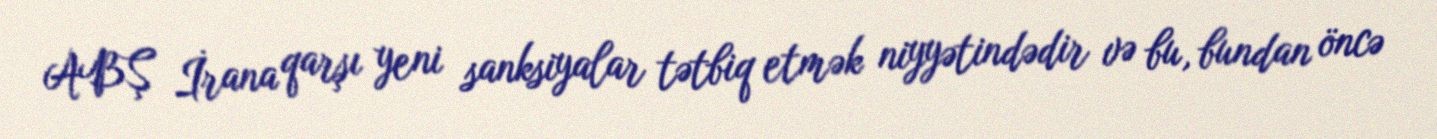
ABŞ İrana qarşı yeni sanksiyalar tətbiq etmək niyyətindədir və bu, bundan öncə